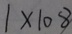
1 \times 1 0 8